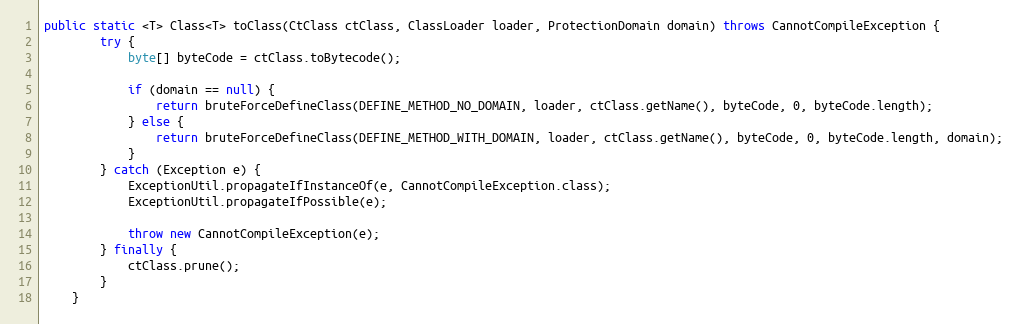
Language: Java
public static <T> Class<T> toClass(CtClass ctClass, ClassLoader loader, ProtectionDomain domain) throws CannotCompileException {
        try {
            byte[] byteCode = ctClass.toBytecode();

            if (domain == null) {
                return bruteForceDefineClass(DEFINE_METHOD_NO_DOMAIN, loader, ctClass.getName(), byteCode, 0, byteCode.length);
            } else {
                return bruteForceDefineClass(DEFINE_METHOD_WITH_DOMAIN, loader, ctClass.getName(), byteCode, 0, byteCode.length, domain);
            }
        } catch (Exception e) {
            ExceptionUtil.propagateIfInstanceOf(e, CannotCompileException.class);
            ExceptionUtil.propagateIfPossible(e);

            throw new CannotCompileException(e);
        } finally {
            ctClass.prune();
        }
    }